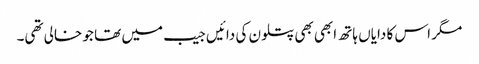
مگر اس کا دایاں ہاتھ ابھی بھی پتلون کی دائیں جیب میں تھا جو خالی تھی۔